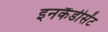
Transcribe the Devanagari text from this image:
इनकैंडीसेंट